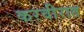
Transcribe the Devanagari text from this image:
करवीरात